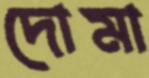
দোমা